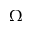
\Omega